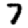
Digit: 7